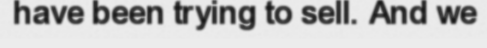
have been trying to sell. And we